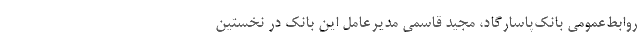
روابط‌عمومی بانک‌پاسارگاد، مجید قاسمی مدیرعامل این بانک در نخستین